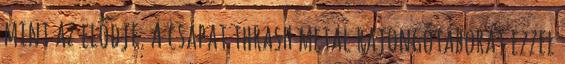
mint az elődje. A csapat thrash metal rajongótáborát ezzel